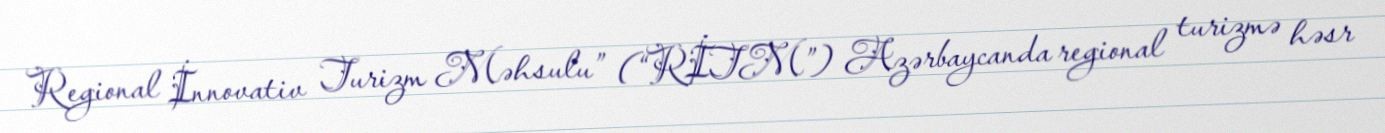
Regional İnnovativ Turizm Məhsulu” (“RİTM”) Azərbaycanda regional turizmə həsr